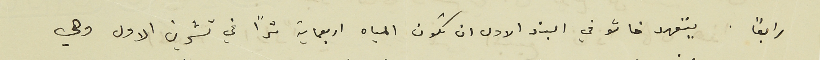
رابعًاً . يتعهد خاشو في البند الاول ان تكون المياه اربعماية مترًا في تشرين الاول وهي